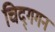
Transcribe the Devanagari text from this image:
चिद्‌गगन